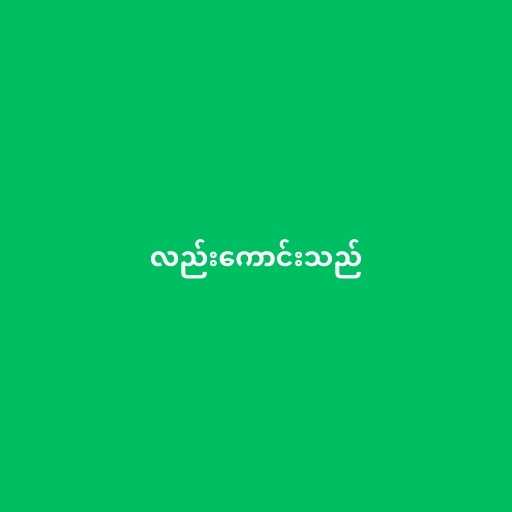
လည်းကောင်းသည်